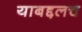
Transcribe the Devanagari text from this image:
याबद्दलच